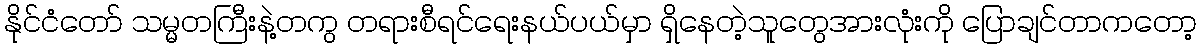
နိုင်ငံတော် သမ္မတကြီးနဲ့တကွ တရားစီရင်ရေးနယ်ပယ်မှာ ရှိနေတဲ့သူတွေအားလုံးကို ပြောချင်တာကတော့